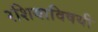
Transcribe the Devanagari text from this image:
रशियाविषयी